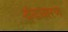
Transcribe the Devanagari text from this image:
दंडधारण